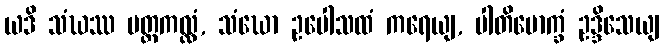
ယဒိ သံဃဿ ပတ္တကလ္လံ, သံဃော ဥပေါသထံ ကရေယျ, ပါတိမောက္ခံ ဥဒ္ဒိသေယျ